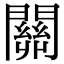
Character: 關